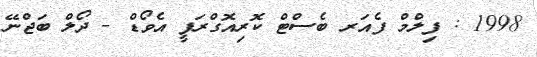
1998 : ފިލްމް ފެއަރ ބެސްޓް ކޮރިއޮގްރަފީ އެވޯޑް - ދޯލް ބަޖްނޭ